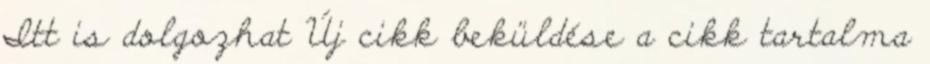
Itt is dolgozhat Új cikk beküldése a cikk tartalma